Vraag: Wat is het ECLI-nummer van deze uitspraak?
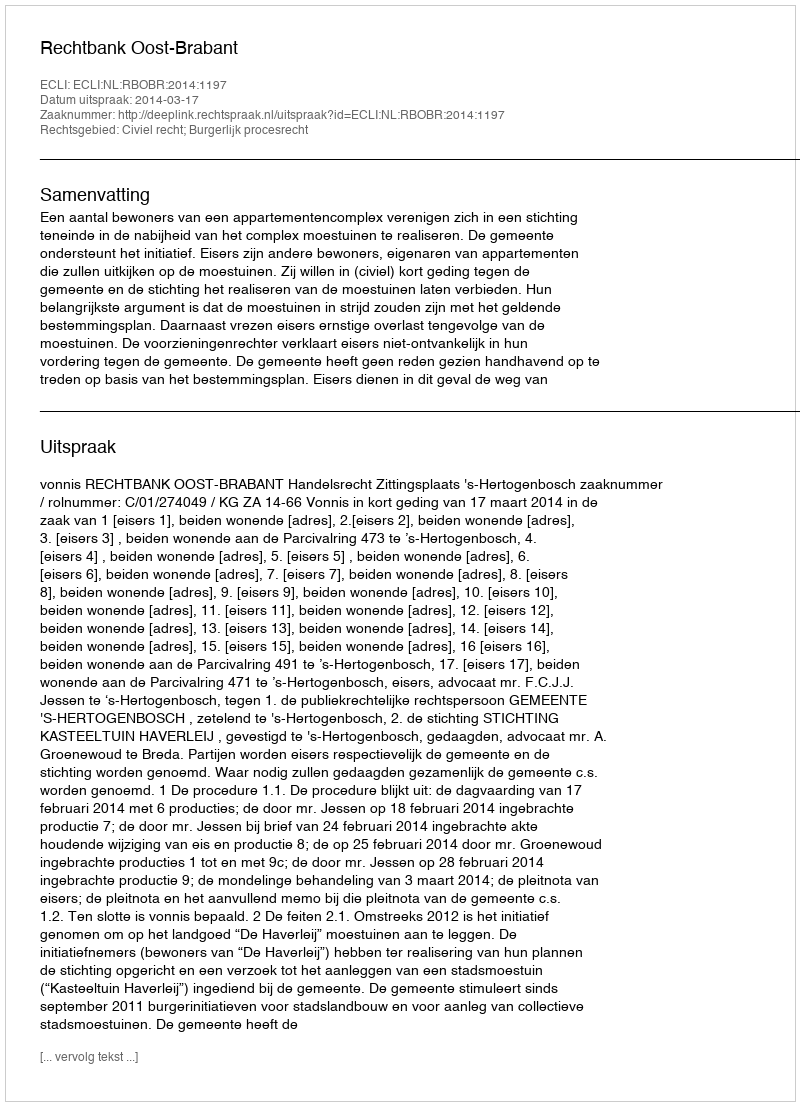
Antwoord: ECLI:NL:RBOBR:2014:1197